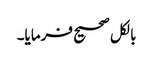
بالکل صحیح فرمایا۔